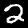
Digit: 2